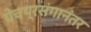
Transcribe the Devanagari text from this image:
पेचप्रसंगानंतर